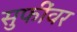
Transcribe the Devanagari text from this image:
सुफींवर